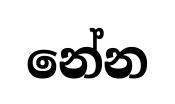
නේන